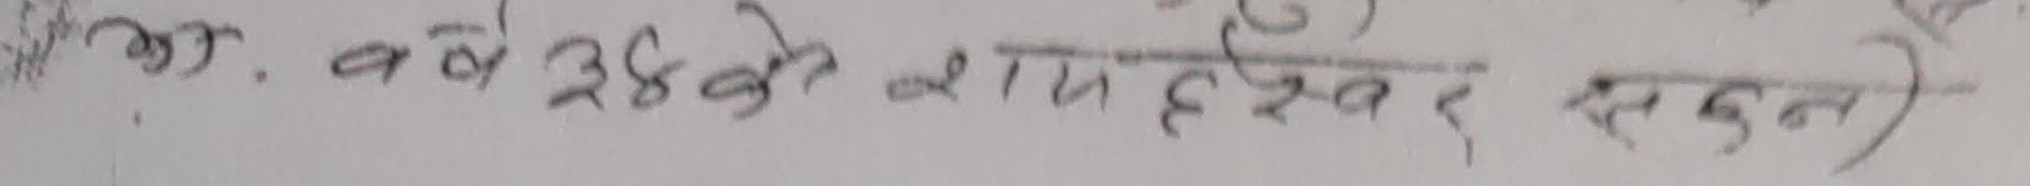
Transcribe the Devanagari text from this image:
आ. वषे २६ कै रामेश्वर सदन।